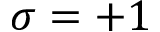
\sigma = + 1